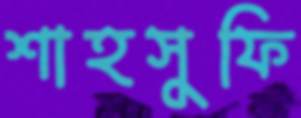
শাহসুফি